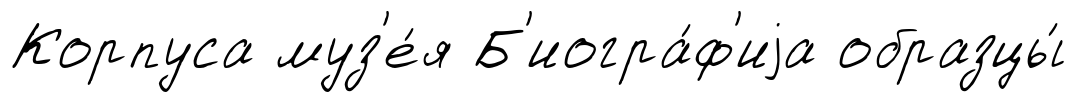
Корпуса муз'е́я Б'иогра́ф'иjа образцы́